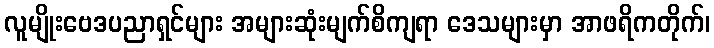
လူမျိုးဗေဒပညာရှင်များ အများဆုံးမျက်စိကျရာ ဒေသများမှာ အာဖရိကတိုက်၊